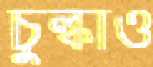
চুল্‌কাও